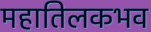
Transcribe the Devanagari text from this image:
महातिलकभव